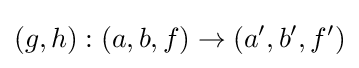
(g,h):(a,b,f)\rightarrow (a',b',f')